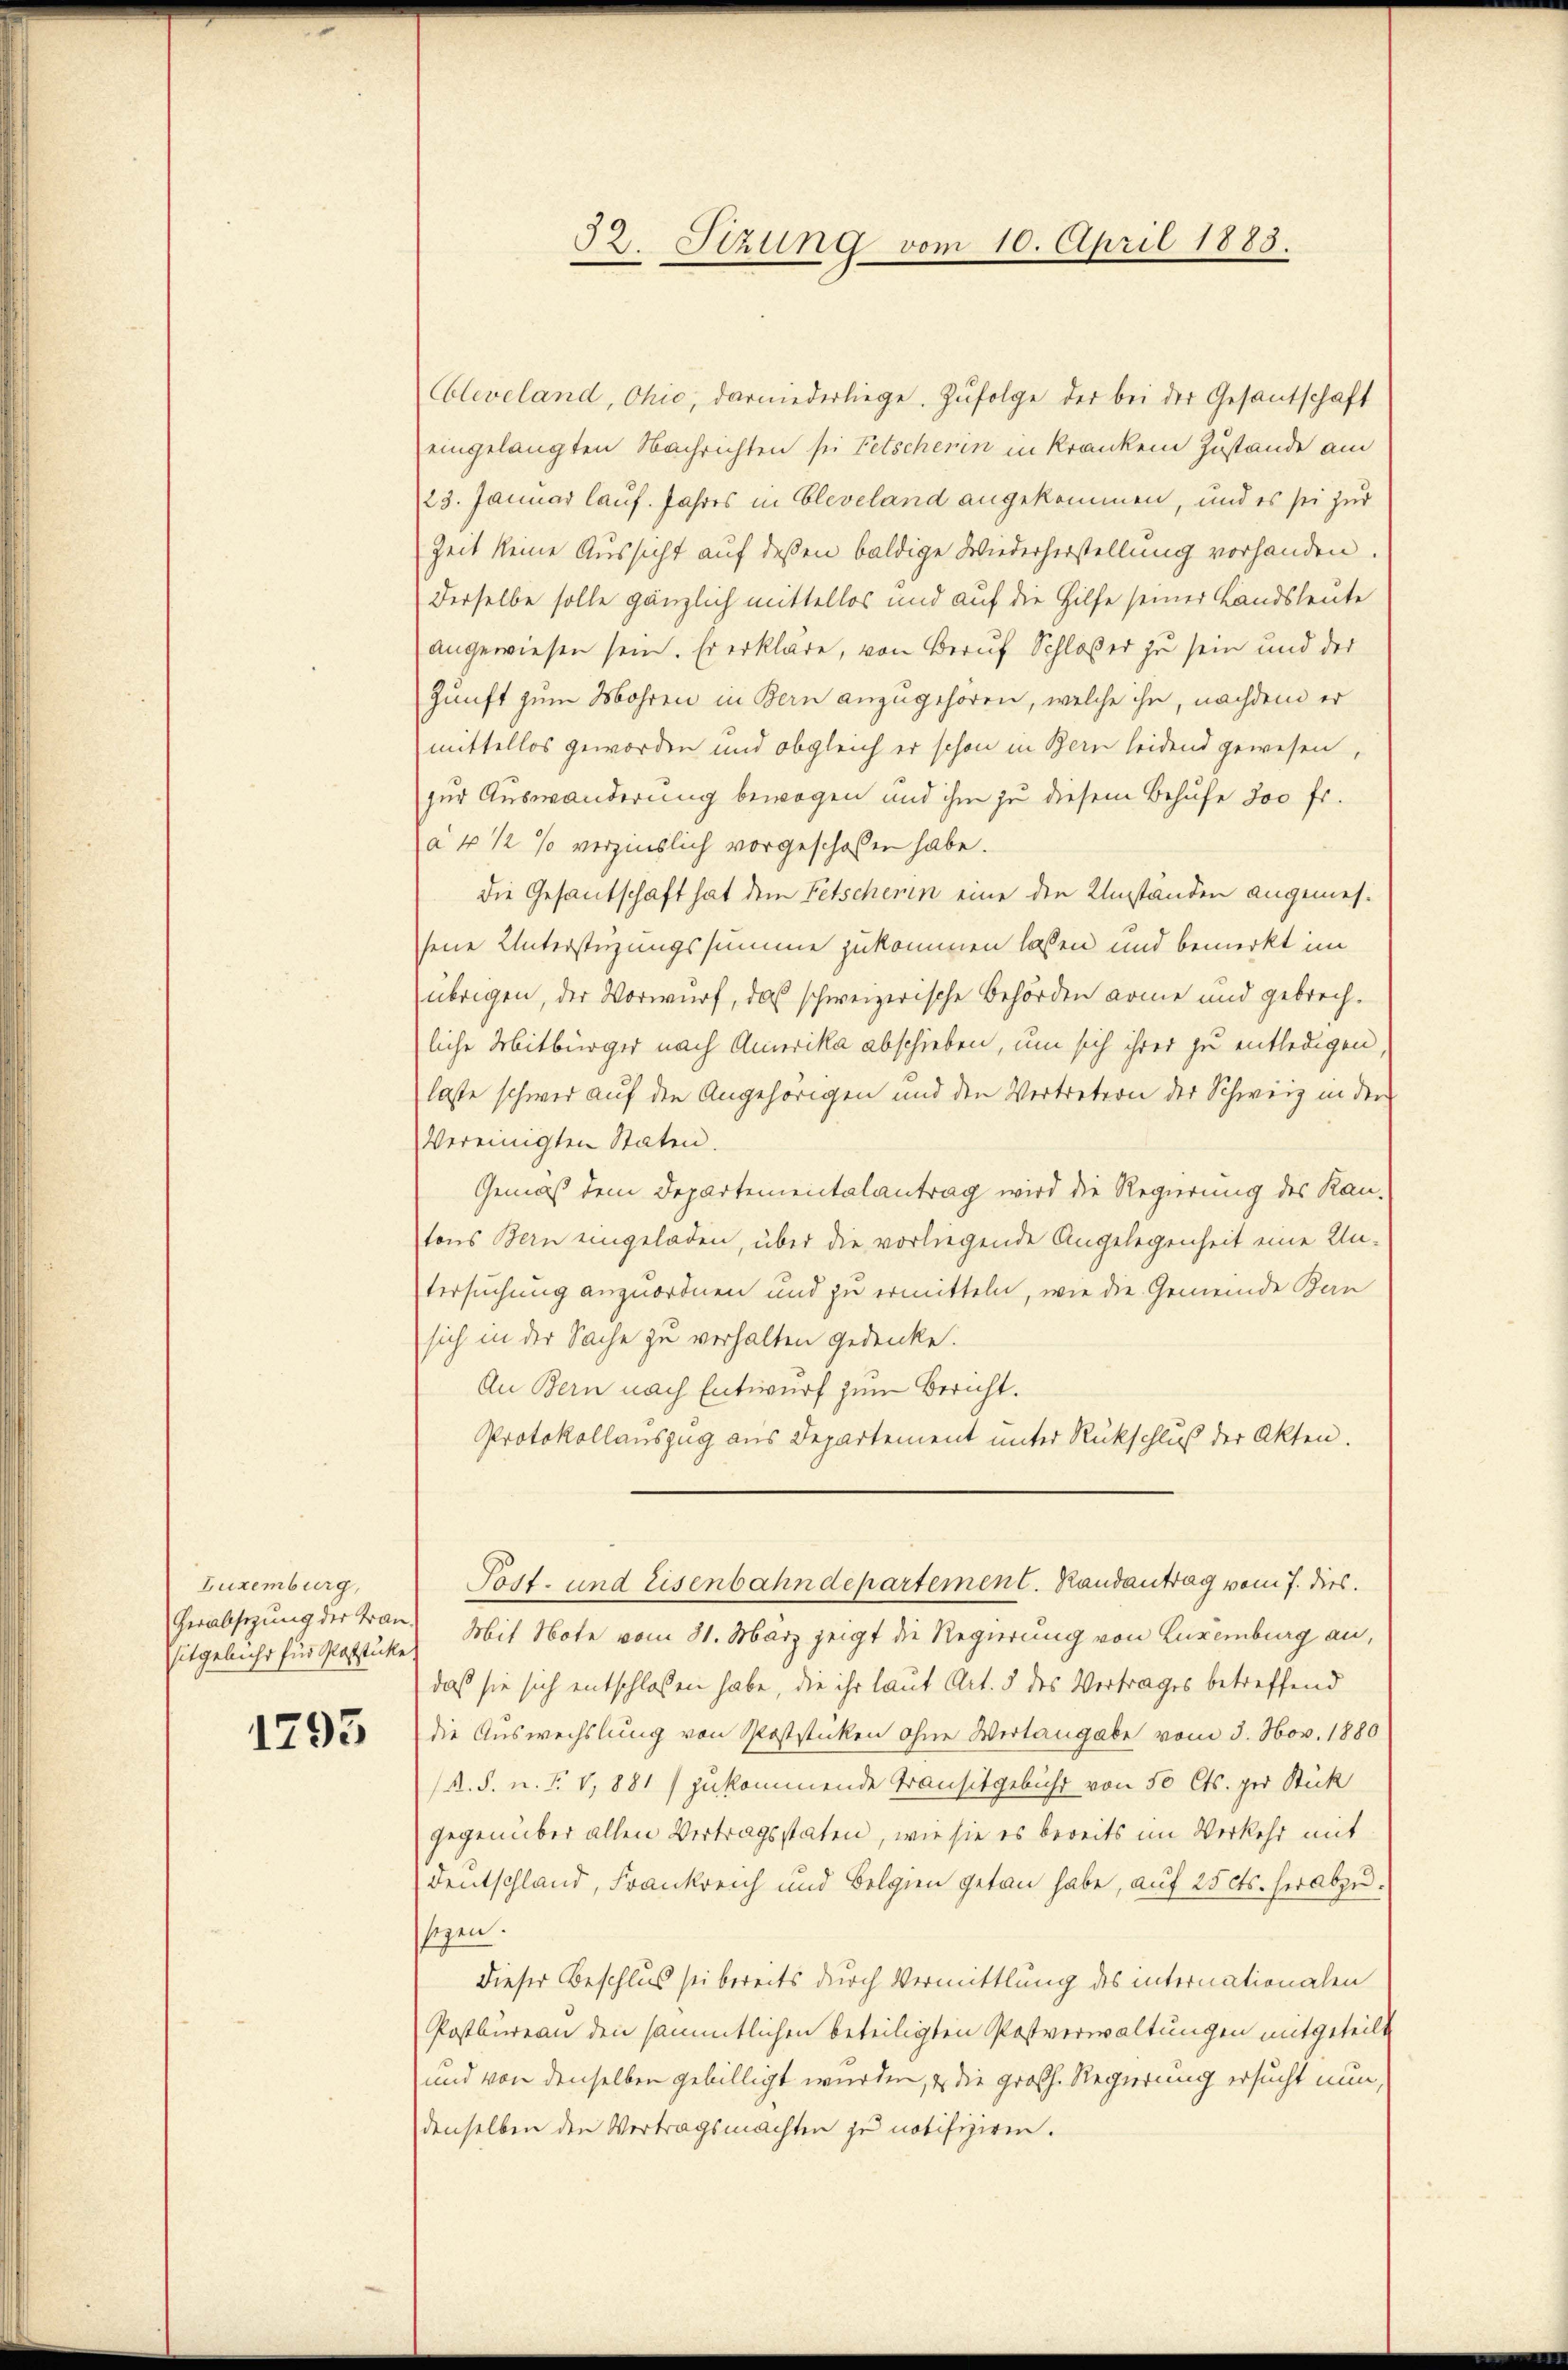
Luxenburg,
itgebühr für Pabstücke

1293

Cleveland, Ohio, darniederliege. Zufolge der bei der Gesantschaft
eingelangten Nachrichten sei Fetscherin in Kranken Zustande am
23. Januar lauf. Jahres in Cleveland angekommen, und es sei zur
Zeit keine Aussicht auf dessen baldige Wiederherstellung vorhanden.
derselbe solle gänzlich mittellos und auf die Hilfe seiner Landsleute
angewiesen sein. Er erkläre, von Beruf Schloßer zu sein und der
Zunft zum Mohren in Bern anzugehören, welche ihn, nachdem er
mittellos geworden und obgleich er schon in Bern leidend gewesen,
zur Auswanderung bewegen und ihm zu diesem Behufe 300 fr.
à 4 1/2 % verzinslich vorgeschossen habe.
Die Gesandschaft hat dem Fetscherin eine den Umständen angemessene Unterstüzungssumme zukommen lassen und bemerkt im
übrigen, der Vorwurf, daß schweizerische Behörden arme und gebrechliche Mitbürger nach Amerika abschieben, um sich ihrer zu entledigen,
lasse schwer auf den Angehörigen und den Vertretern der Schweiz in der
Vereinigten Staten.
Gemäß dem Departementalantrag wird die Regierung des Kan-
tons Bern eingeladen, über die vorliegende Angelegenheit eine Un-
tersuchung anzuordnen und zu ermitteln, wie die Gemeinde Ban
sich in der Sache zu verhalten gedenke.
An Bern nach Entwurf zum Bericht.
Protokollauszug aus Departement unter Rückschluß der Akten.
Sost- und Eisenbahndepartement. Randantrag vom 7. dies.
Verabsetzung der Tran) Mit Note vom 31. März zeigt die Regierung von Luxenburg an,
daß sie sich entschlossen habe, die ihr laut Art. 3 des Vertrages betreffend
die Auswechslung von Poststicken ohne Wertangabe vom 3. Nov. 1880
(s. S. n. F. V,881/ zukommende Transitgebühr von 50 Cts. per Stück
gegenüber allen Vertragsstaten, wie sie es bereits im Verkehr mit
Dentschland, Frankreich und Belgien getan habe, auf 25 Cts. herabzusezen.
dieser Beschlus sei bereits durch Vermittlung des internationalen
Postbüreau den sämmtlichen beteiligten Postverwaltungen mitgeteilt
und von denselben gebilligt wurden, & die großh. Regierung ersucht nun,
denselben den Vertragsmachten zu notifiziren.

33. Stzung vom 10. April 1885.